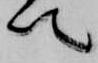
て